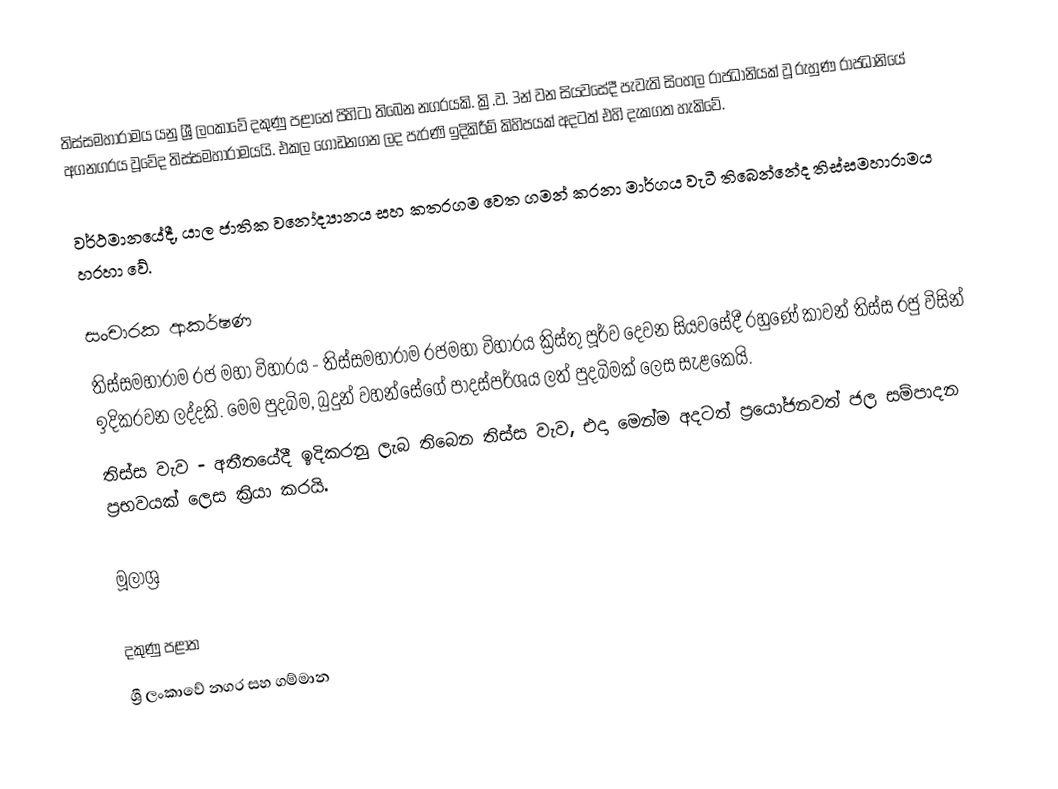
තිස්සමහාරාමය යනු ශ්‍රී ලංකාවේ දකුණු පළාතේ පිහිටා තිබෙන නගරයකි. ක්‍රි.ව. 3න් වන සියවසේදී පැවැති සිංහල රාජධානියක් වූ රුහුණ රාජධානියේ  අගනගරය වූවේද තිස්සමහාරාමයයි. එකල ගොඩනගන ලද පැරණි ඉදිකිරීම් කිහිපයක් අදටත් එහි දැකගත හැකිවේ.

වර්ථමානයේදී, යාල ජාතික වනෝද්‍යානය සහ කතරගම වෙත ගමන් කරනා මාර්ගය වැටී තිබෙන්නේද තිස්සමහාරාමය හරහා වේ.

සංචාරක ආකර්ෂණ
තිස්සමහාරාම රජ මහා විහාරය - තිස්සමහාරාම රජමහා විහාරය ක්‍රිස්තු පූර්ව දෙවන සියවසේදී රහුණේ කාවන් තිස්ස රජු විසින් ඉදිකරවන ලද්දකි. මෙම පුදබිම, බුදුන් වහන්සේගේ පාදස්පර්ශය ලත් පුදබිමක් ලෙස සැළකෙයි.
තිස්ස වැව - අතීතයේදී ඉදිකරනු ලැබ තිබෙන තිස්ස වැව, එදා මෙන්ම අදටත් ප්‍රයෝජනවත් ජල සම්පාදන ප්‍රභවයක් ලෙස ක්‍රියා කරයි.

මූලාශ්‍ර

දකුණු පළාත
ශ්‍රී ලංකාවේ නගර සහ ගම්මාන